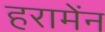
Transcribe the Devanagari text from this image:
हरामेंन